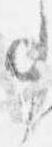
事